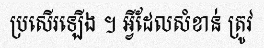
ប្រសើរឡើង ។ អ្វីដែលសំខាន់ ត្រូវ